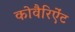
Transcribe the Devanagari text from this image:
कोवैरिऐंट